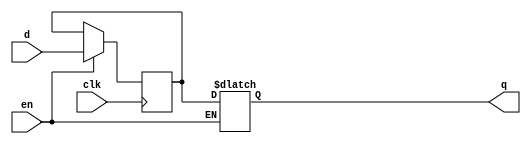
module transparent_latch_d_ff (
    input wire d,
    input wire clk,
    input wire en,
    output reg q
);

reg l;

always @ (posedge clk)
begin
    if (en)
    begin
        l <= d;
    end
end

always @ *
begin
    if (en)
        q <= l;
end

endmodule